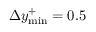
\Delta y _ { \mathrm { m i n } } ^ { + } = 0 . 5